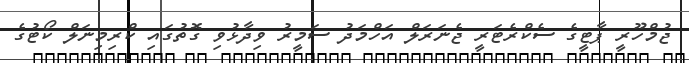
ޖުމްހޫރީ ޕާޓީގެ ސެކްރެޓަރީ ޖެނަރަލް އަހްމަދު ސަމީރު ވިދާޅުވި ގޮތުގައި ކްރިމިނަލް ކޯޓުގެ